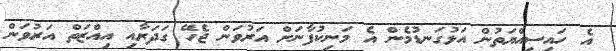
އެ ހައިސިއްޔަތުން އަޅުގަނޑުމެން އެ މަނިކުފާނަށް އަރުވަން ޖެހޭ ގަދަރާއި އިއްޒަތް އަރުވަން